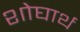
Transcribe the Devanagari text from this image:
शोघार्थ